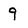
Character: 9